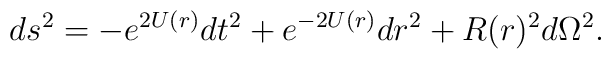
ds^2 = - e^{2U(r)}dt^2 + e^{-2U(r)}dr^2 + R(r)^2d\Omega^2.